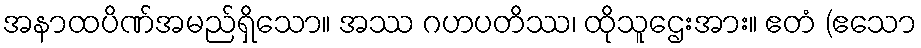
အနာထပိဏ်အမည်ရှိသော။ အဿ ဂဟပတိဿ၊ ထိုသူဌေးအား။ ဧတံ (ဧသော